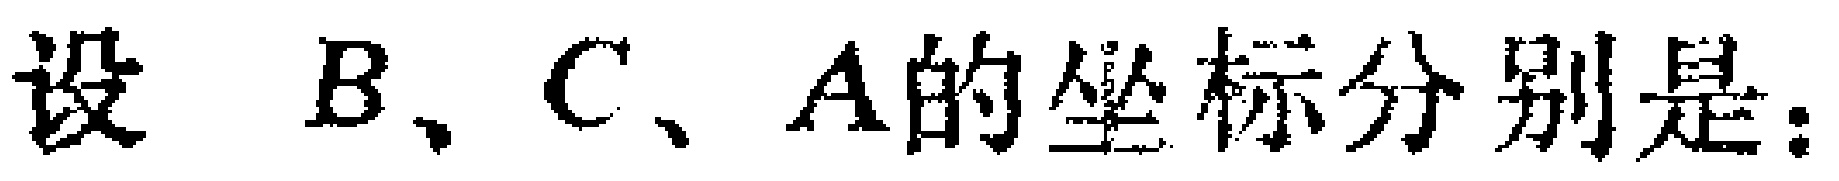
设 \(B、C、A\)的坐标分别是：